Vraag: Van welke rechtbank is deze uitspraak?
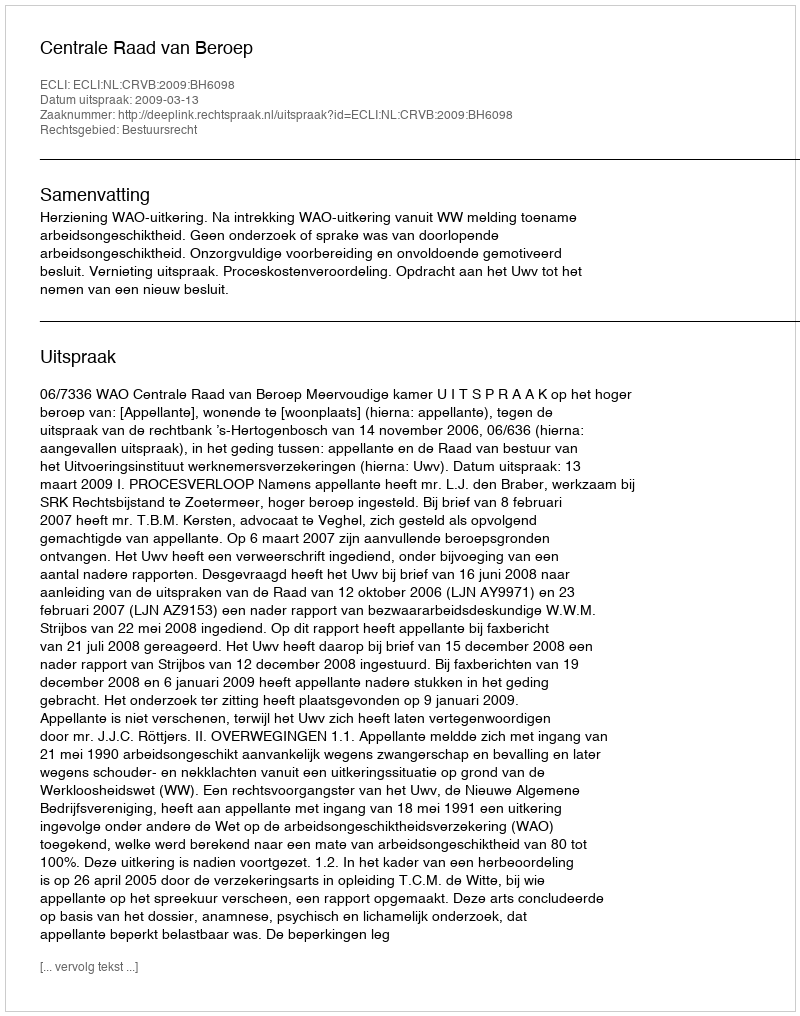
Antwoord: Centrale Raad van Beroep